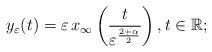
LaTeX: \begin{align*}y_\varepsilon(t) = \varepsilon \, x_\infty \left( \frac{t}{\varepsilon^{\frac{2+\alpha}{2}}}\right), t \in \mathbb{R};\end{align*}